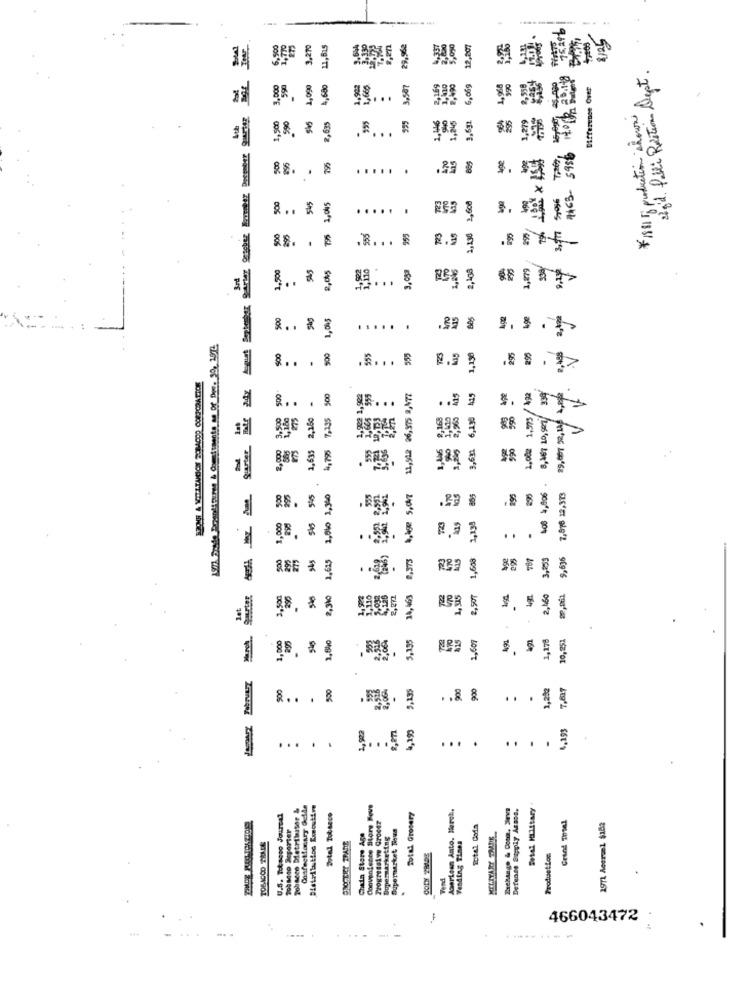
...
25
3,270
11,615
29,962
12,207
Sgd. Publi Restions Dept.
3,000
590
4990
1,992
3507
169
,490
6,069
Difference Over
¥1881 5 production shown
3,632
1,279
1,500
990
2,635
,16
,A ... E 188 5
470
Age
.
795
.
.....
.29 %
500
2,608
1,005
295
500
255
1, 130
290
1,500
SAS
2,408
1,879
2,0%5
4,846
1
500
1,005
.
A15
.
..... .
LE Stade Przendifunse & Commitments as of Due. 39, 1972
500
500
955
535
723
1,130
V
. . . . 8
.6 .. . $ R.3 8
Quarter_ jale ady
500
500
11,942 06,975 2,NTZ
1,002 1,973 / 492
8,467 10,907/ 339
1.500
275
. &
7,135
... .. 5
6,130
2,000
1,635
1,795
3,63
408 4,806 .
500
295
.
1,050 1,340
1,4 5,000
170
293
7,976 12,373
.BEZ.
1,298
1,000
.
..
. .
500
275
2,373
1,608
3,253
9,636
* 3
3,500
296
2,3%0
34, 463
1,315
2,90T
Jet
.
1,000
295
5,195
215
1,607
1,178
10,251
500
900
900
1,282
2,5
.
.
.
.
4,199
4,193
.
.
...
2
.
...
Tobacco Detribsitor &
Convenience Story Move
Amarican Anto. March.
Exchange & Comm, Jeva
Defense Supply Asson.
Detal HLlitary
U.S. Tobagoo Journal
Sotel Tobacco
Total Grocery
Grund Total
Tobseso Meporter
Chain Store Age
Supermarket Tiva
Total Goda
1971 Acerael $182
Supermarketing
Vesding Times
MILITARY TALDE
TOBACCO TRADE
COLY PRIDE
Produset Los
vend
466043472
---------